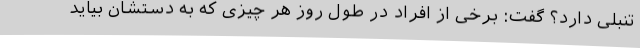
تنبلی دارد؟ گفت: برخی از افراد در طول روز هر چیزی که به دستشان بیاید